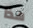
هذا